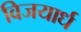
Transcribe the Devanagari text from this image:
विजयार्ध